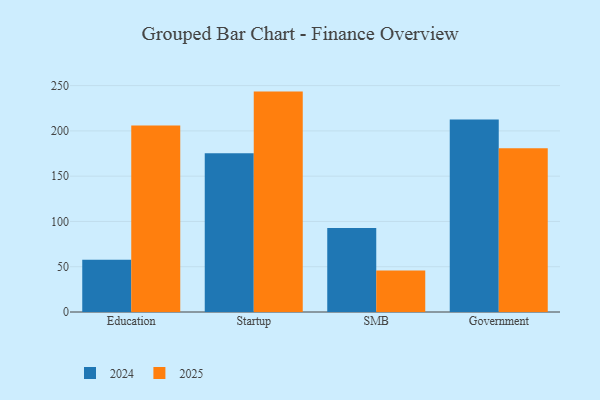
{"axis": {"x": "Segment", "y": "Backlog"}, "legend": ["2024", "2025"], "data": [{"x": "Education", "y": 57.6, "type": "2024"}, {"x": "Education", "y": 205.9, "type": "2025"}, {"x": "Startup", "y": 175.2, "type": "2024"}, {"x": "Startup", "y": 243.4, "type": "2025"}, {"x": "SMB", "y": 92.7, "type": "2024"}, {"x": "SMB", "y": 45.7, "type": "2025"}, {"x": "Government", "y": 212.7, "type": "2024"}, {"x": "Government", "y": 180.9, "type": "2025"}]}